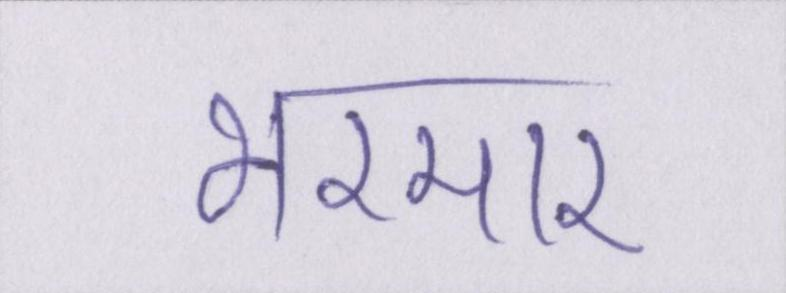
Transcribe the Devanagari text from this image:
भरमार